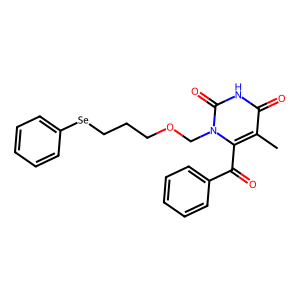
SMILES: Cc1c(C(=O)c2ccccc2)n(COCCC[Se]c2ccccc2)c(=O)[nH]c1=O
Inhibits HIV replication: No